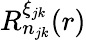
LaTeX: R_{n_{jk}}^{\xi_{jk}}(r)